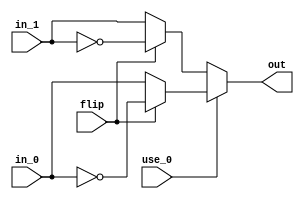
////////////////////////////////////////////////////////////////////////////////////////
//                                                                                    //
// Module : RX Data Recovery Initial Swap and Flip Mux                                //
//                                                                                    //
//                                                                                    //
// Copyright Superlative Semiconductor LLC 2021                                       //
// This source describes Open Hardware and is licensed under the CERN-OHL-P v2        //
// You may redistribute and modify this documentation and make products               //
// using it under the terms of the CERN-OHL-P v2 (https:/cern.ch/cern-ohl).           //
// This documentation is distributed WITHOUT ANY EXPRESS OR IMPLIED                   //
// WARRANTY, INCLUDING OF MERCHANTABILITY, SATISFACTORY QUALITY                       //
// AND FITNESS FOR A PARTICULAR PURPOSE. Please see the CERN-OHL-P v2                 //
// for applicable conditions.                                                         //
//                                                                                    //
// Description:                                                                       //
//        This combinational circuit (should be 1 LUT per bit) performs muxing and    //
//     bit swapping prior to the integration cominbational logic.                     //
//                                                                                    //
//    Revisions:                                                                      //
//                                                                                    //
//                                                                                    //
////////////////////////////////////////////////////////////////////////////////////////

module    swap_mux
    (
        // Inputs
        input     wire    signed    [15:0]    in_0,
        input     wire    signed    [15:0]    in_1,
        input     wire                        use_0,
        input     wire                        flip,
        // Outputs
        output    wire    signed    [15:0]    out
    );

assign    out    =    use_0 ? (flip ? ~in_0 : in_0) : (flip ? ~in_1 : in_1);

endmodule